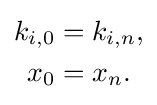
{\begin{aligned}k_{i,0}&=k_{i,n},\\x_{0}&=x_{n}.\end{aligned}}